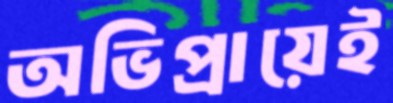
অভিপ্রায়েই